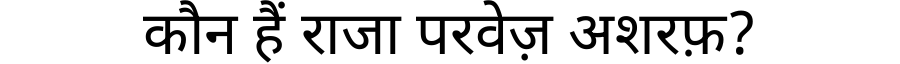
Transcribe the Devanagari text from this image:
कौन हैं राजा परवेज़ अशरफ़?